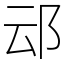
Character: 䢵